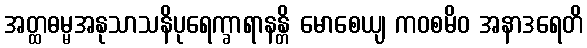
အတ္ထဓမ္မအနုသာသနိပုရေက္ခာရာနန္တိ မောစေယျ ကဝစမိဝ အနာဒရေတိ